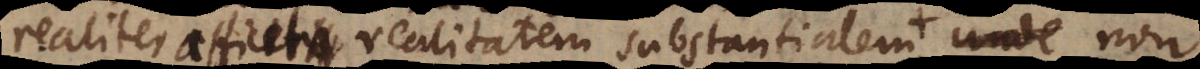
realiter afficere realitatem substantialem, unde, non